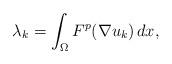
LaTeX: \begin{align*}\lambda_k=\int_\Omega F^{p}(\nabla u_k)\, dx,\end{align*}